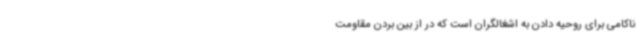
ناکامی برای روحیه دادن به اشغالگران است که در از بین بردن مقاومت